Burma Government Medical School reports 1907-22
Year: 1907
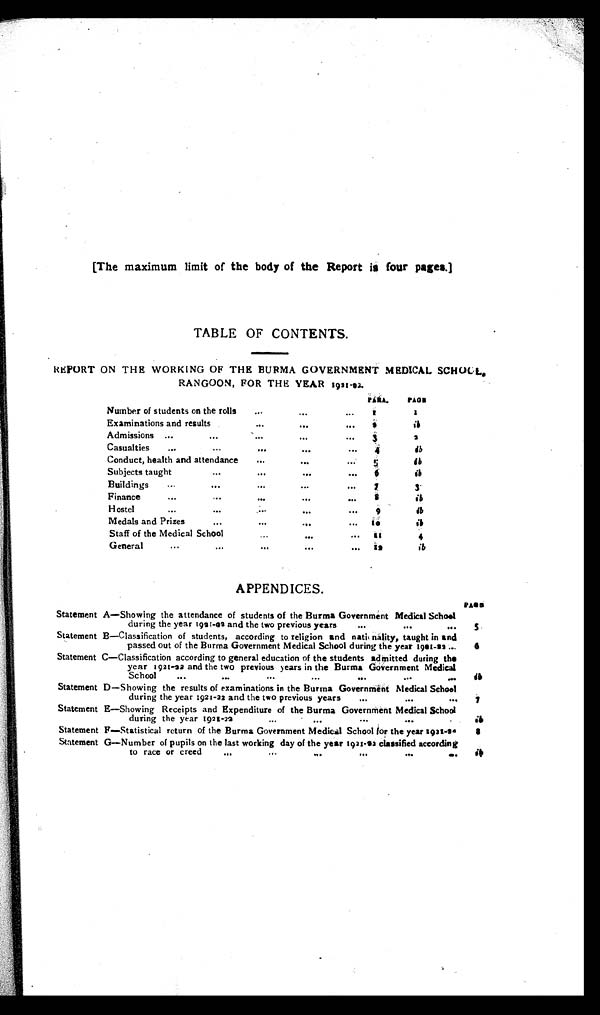
(The maximum limit of the body of the Report is four pages.)
TABLE OF CONTENTS.
REPORT ON THE WORKING OF THE BURMA GOVERNMENT MEDICAL SCHOOL.
RANGOON, FOR THE YEAR 1921-22.
P A R A .
P A G E
Number of students on the rolls . . .
1
1
Examinations and results . . .
2
i b
Admissions . . .
3
2
C a s u a l t i e s . . .
4
i b
Conduct, health and attendance . . .
5
i b
Subjects taught . . .
6
i b
B u i l d i n g s . . .
7
3
Finance . . .
8
ib
Hostel . . .
9
i b
Medals and Prizes . . .
1 0
i b
Staff of the Medical School . . .
1 1
4
G e n e r a l . . .
1 2
i b
APPENDICES.
P A G E
Statement A—Showing the attendance of students of the Burma Government Medical School
during the year 1921-02 and the two previous years . . .
5
Statement B—Classification of students, according to religion and nationality, taught in and
passed out of the Burma Government Medical School during the year 1901-82
6
Statement C—Classification according to general education of the students admitted during
t h e
year 1921-22 and the two previous years in the Burma Government Medical
School
.
.
.
i b
Statement D—Showing the results of examinations in the Burma Government Medical School
during the year 1921-22 and the two previous years . . .
7
Statement E—Showing Receipts and Expenditure of the Burma Government Medical School
during the year 1921-22 . . .
i b
Statement F—Statistical return of the Burma Government Medical School for the year 1921-80
8
Statement G— Number of pupils on the last working
day of the year 1921-82 classified according
to race or creed
.
.
.
i b